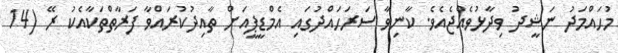
މުޙައްމަދު ނަޝީދު ވިދާޅުވެއްޖެއެވެ. ކާނިވާ ސަރަހައްދުގައި އެމްޑީޕީއަށް ތާއިދުކުރައްވާ ފަރާތްތަކާއެކު ރޭ (14